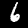
Digit: 6